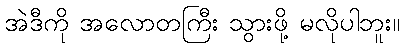
အဲဒီကို အလောတကြီး သွားဖို့ မလိုပါဘူး။